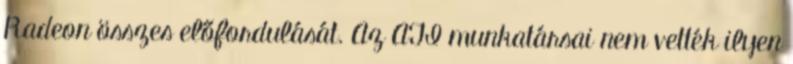
Radeon összes előfordulását. Az ATI munkatársai nem vették ilyen